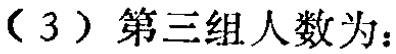
（3）第三组人数为：